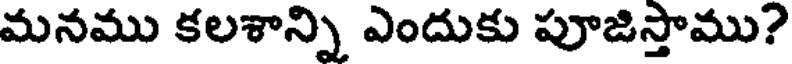
మనము కలశాన్ని ఎందుకు పూజిస్తాము?